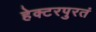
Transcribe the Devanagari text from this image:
हेक्टरपुरतं